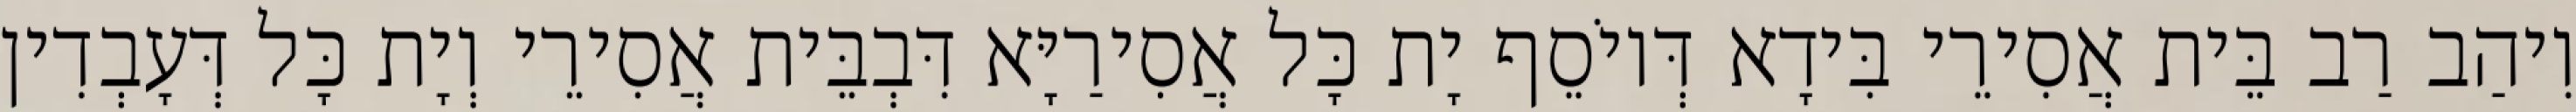
וִיהַב רַב בֵּית אֲסִירֵי בִּידָא דְּיוֹסֵף יָת כָּל אֲסִירַיָּא דִּבְבֵּית אֲסִירֵי וְיָת כָּל דְּעָבְדִין